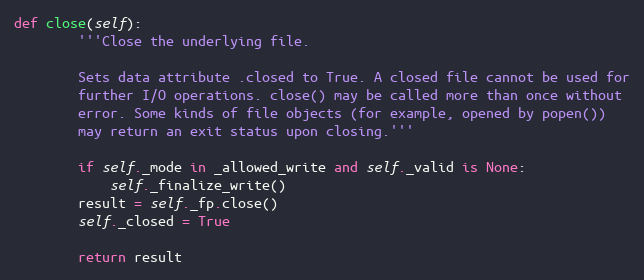
Language: Python
def close(self):
        '''Close the underlying file.

        Sets data attribute .closed to True. A closed file cannot be used for
        further I/O operations. close() may be called more than once without
        error. Some kinds of file objects (for example, opened by popen())
        may return an exit status upon closing.'''

        if self._mode in _allowed_write and self._valid is None:
            self._finalize_write()
        result = self._fp.close()
        self._closed = True

        return result